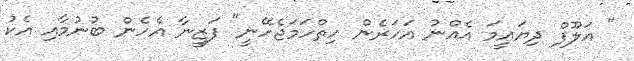
" އަލޫފް ދިޔައީމަ އެއްނު އަހަރެން ހިތްހަމަޖެހޭނީ" ފަޒީނާ އެހެން ބުނުމާއި އެކު